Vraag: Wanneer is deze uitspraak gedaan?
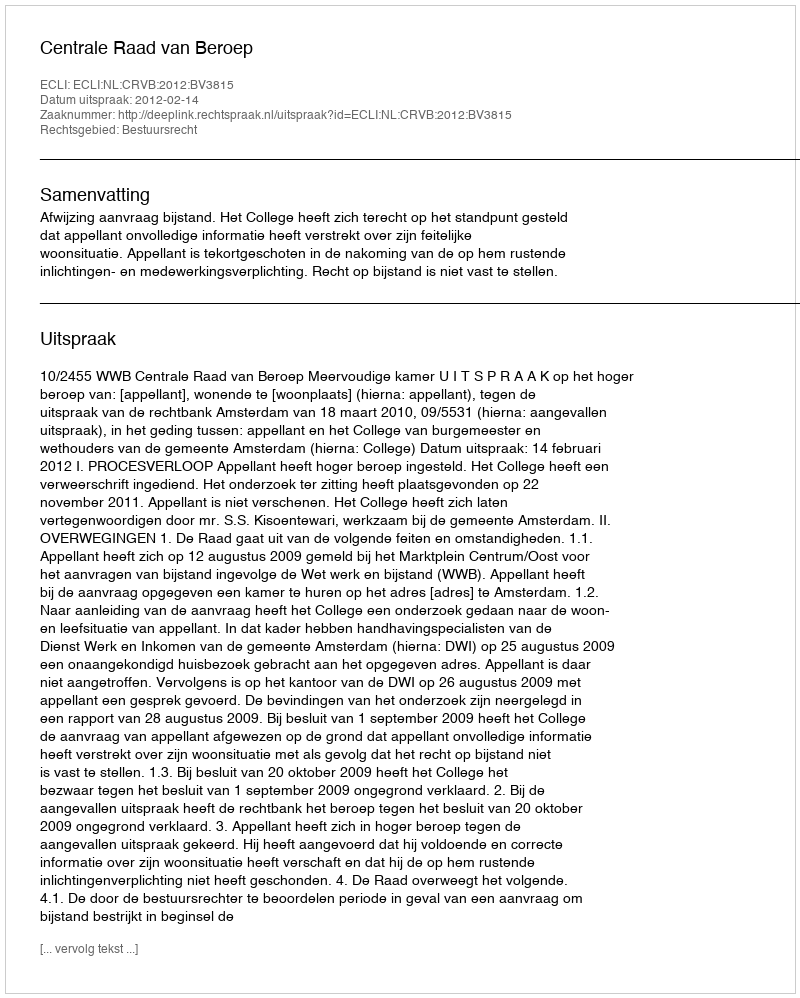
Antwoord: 2012-02-14